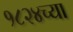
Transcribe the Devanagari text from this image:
१८२४च्या